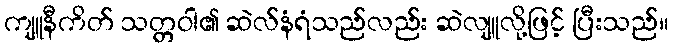
ကျူနီကိတ် သတ္တဝါ၏ ဆဲလ်နံရံသည်လည်း ဆဲလျူလို့ဖြင့် ပြီးသည်။